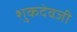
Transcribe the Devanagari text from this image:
शुकदेवजी